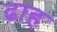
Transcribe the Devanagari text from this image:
ढाह